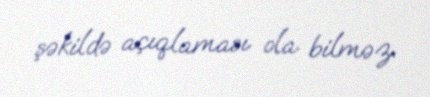
şəkildə açıqlaması ola bilməz.